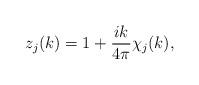
LaTeX: \begin{align*}z_j(k)=1+\frac{ik}{4\pi}\chi_j(k) ,\end{align*}